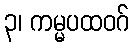
၃၊ ကမ္မပထဝဂ်